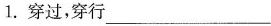
1.穿过，穿行___